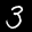
Label: 3